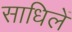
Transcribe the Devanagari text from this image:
साधिलें